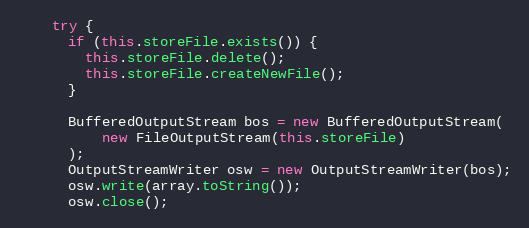
Language: Java
    try {
      if (this.storeFile.exists()) {
        this.storeFile.delete();
        this.storeFile.createNewFile();
      }

      BufferedOutputStream bos = new BufferedOutputStream(
          new FileOutputStream(this.storeFile)
      );
      OutputStreamWriter osw = new OutputStreamWriter(bos);
      osw.write(array.toString());
      osw.close();